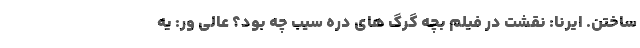
ساختن. ایرنا: نقشت در فیلم بچه گرگ های دره سیب چه بود؟ عالی ور: یه